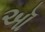
ઑ